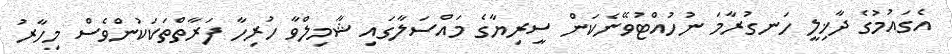
އެގައުމުގެ ދާޚިލީ ހަނގުރާމަ ނުހުއްޓުވޭނެކަން ސީރިޔާގެ މައްސަލާގައި ޝާމިލްވާ ހުރިހާ ފަރާތްތަކަކުންވެސް މިހާރު